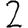
Digit: 2